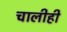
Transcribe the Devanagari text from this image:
चालीही